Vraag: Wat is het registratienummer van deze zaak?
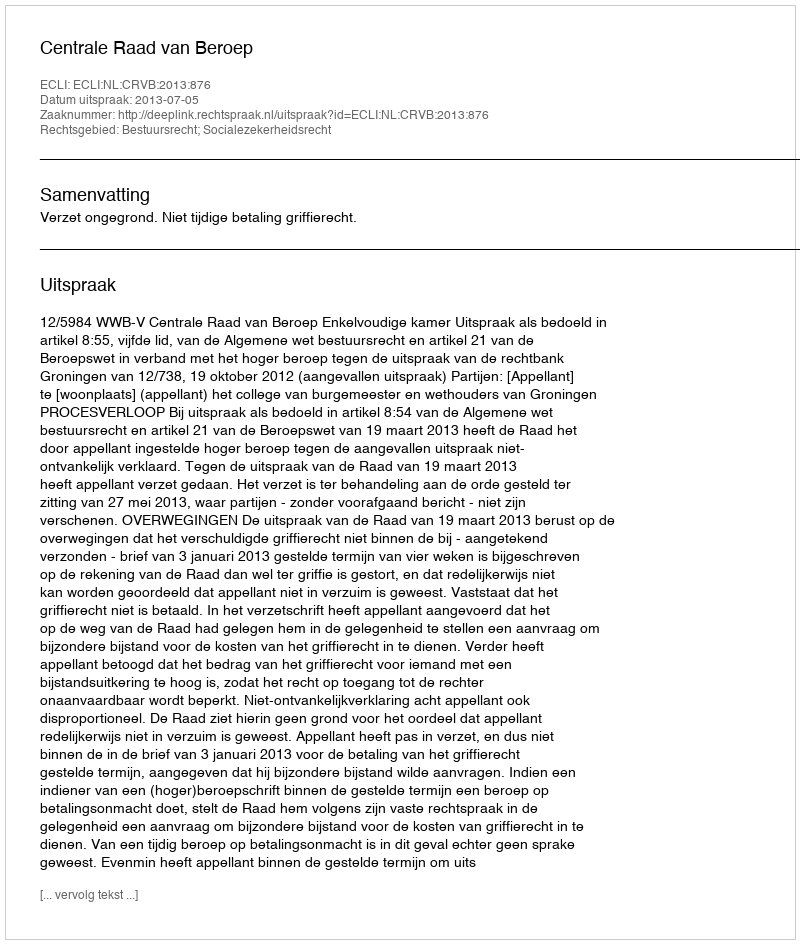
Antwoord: http://deeplink.rechtspraak.nl/uitspraak?id=ECLI:NL:CRVB:2013:876